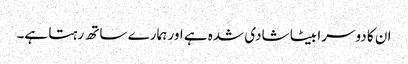
ان کا دوسرا بیٹا شادی شدہ ہے اور ہمارے ساتھ رہتا ہے۔